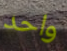
واحد